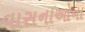
વાસનાઓના